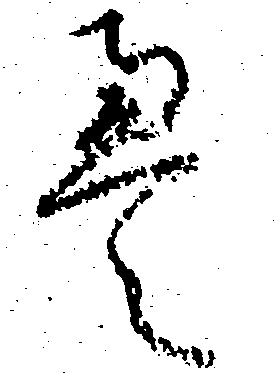
え